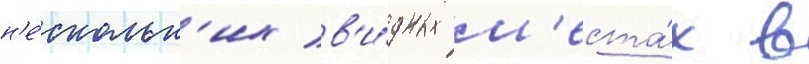
н'е́скольк'их в'и́дных м'еста́х в